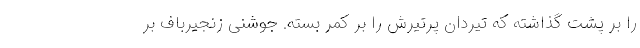
را بر پشت گذاشته که تیردان پرتیرش را بر کمر بسته. جوشنی زنجیرباف بر